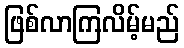
ဖြစ်လာကြလိမ့်မည်